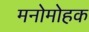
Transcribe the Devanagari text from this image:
मनोमोहक